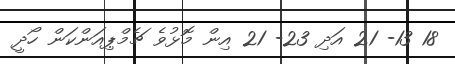
18 13- 21 އަދި 23- 21 އިން މޮޅުވެ ޗެމްޕިއަންކަން ހޯދީ